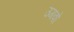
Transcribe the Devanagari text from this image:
उगवो